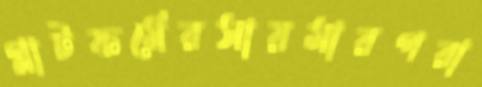
প্লাটফর্মেরসায়মারপরা